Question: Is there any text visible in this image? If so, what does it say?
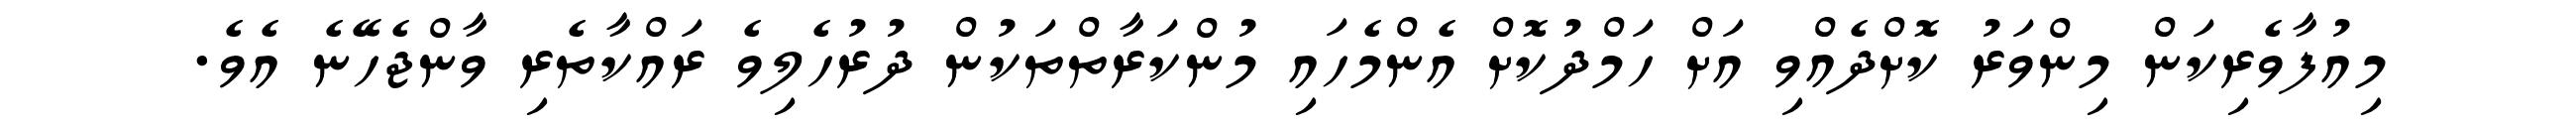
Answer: މިއުފާވެރިކަން މިންވަރު ކޮށްދެއްވި އަށް ހަމްދުކޮށް އެންމެހައި މުންކަރާތްތަކުން ދުރުހެލިވެ ރައްކާތެރި ވާންޖެހޭނެ އެވެ.